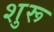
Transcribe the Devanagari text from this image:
शुरू